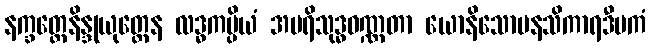
နက္ခတ္တေနိန္ဒုယုတ္တေန လဒ္ဓကပ္ပိယံ အပရိသုဒ္ဓဝဏ္ဏတာ ယောနိသောမနသိကာရဒီပကံ